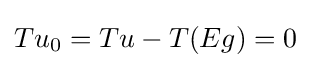
{\textstyle Tu_{0}=Tu-T(Eg)=0}